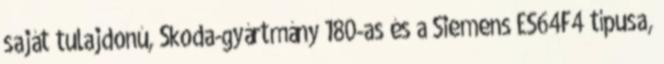
saját tulajdonú, Škoda-gyártmány 180-as és a Siemens ES64F4 típusa,